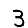
Digit: 3